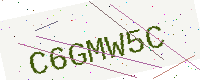
Text: C6GMW5C